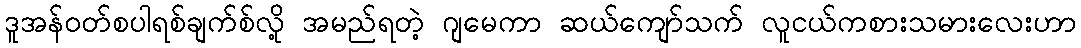
ဒူအန်ဝတ်စပါရစ်ချက်စ်လို့ အမည်ရတဲ့ ဂျမေကာ ဆယ်ကျော်သက် လူငယ်ကစားသမားလေးဟာ